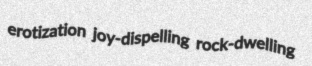
erotization joy-dispelling rock-dwelling